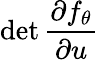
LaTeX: \operatorname*{det}\frac{\partial f_{\theta}}{\partial u}